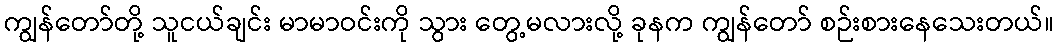
ကျွန်တော်တို့ သူငယ်ချင်း မာမာဝင်းကို သွား တွေ့မလားလို့ ခုနက ကျွန်တော် စဉ်းစားနေသေးတယ်။